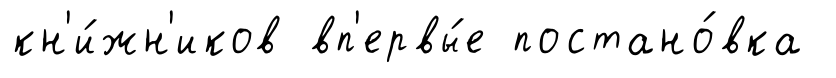
кн'и́жн'иков вп'ервы́е постано́вка